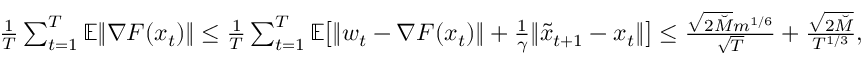
\begin{array} { r } { \frac { 1 } { T } \sum _ { t = 1 } ^ { T } \mathbb { E } \| \nabla F ( x _ { t } ) \| \leq \frac { 1 } { T } \sum _ { t = 1 } ^ { T } \mathbb { E } \big [ \| w _ { t } - \nabla F ( x _ { t } ) \| + \frac { 1 } { \gamma } \| \tilde { x } _ { t + 1 } - x _ { t } \| \big ] \leq \frac { \sqrt { 2 \breve { M } } m ^ { 1 / 6 } } { \sqrt { T } } + \frac { \sqrt { 2 \breve { M } } } { T ^ { 1 / 3 } } , } \end{array}